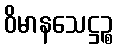
ဝိမာနသေဋ္ဌဉ္စ